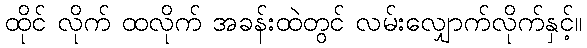
ထိုင် လိုက် ထလိုက် အခန်းထဲတွင် လမ်းလျှောက်လိုက်နှင့်။